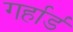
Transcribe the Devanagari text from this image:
गर्हार्ड